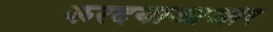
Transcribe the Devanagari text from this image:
करदयाआओर